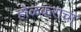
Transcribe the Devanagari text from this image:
होळकराचा